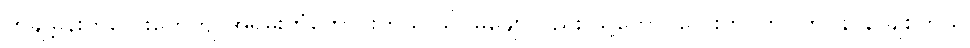
တချို့မိန်းကလေးတွေကျ အရမ်းကံကောင်းတယ် သိပ်မချောလည်း သူ့ကောင်လေးက ကြင်ကြင်နာနာချစ်တယ်